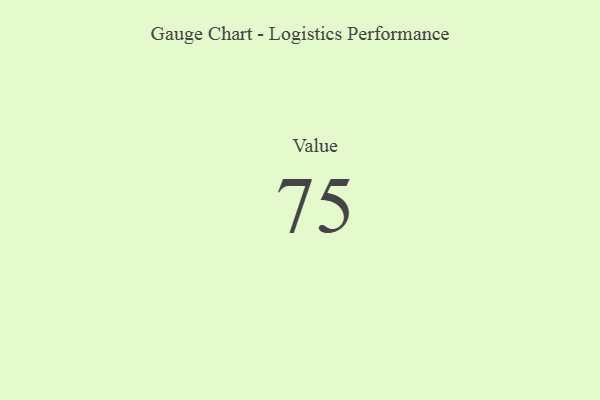
{"axis": {"x": "Metric", "y": "Value"}, "legend": [""], "data": [{"x": "Value", "y": 75, "type": ""}]}